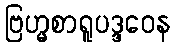
ဗြဟ္မစာရူပဒ္ဒဝေန